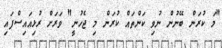
"މަ ކުރަން ބޭނުން ނުވި ކަންތައް ކުރަން މި ޖެހުނީ" ވަރަށް ރުޅިއައިސްފައި